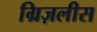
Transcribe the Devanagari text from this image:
ग्रिज़लीस